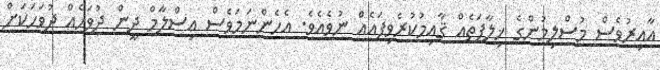
އާއިރުވެސް މުސްލިމުންގެ ޚިލާފަތެއް ޤާއިމުކުރެވިފައެއް ނުވެއެވެ. އެހެންނަމަވެސް އިސްލާމް ދީން ދުވަހެއް ދުވަހަކަށް